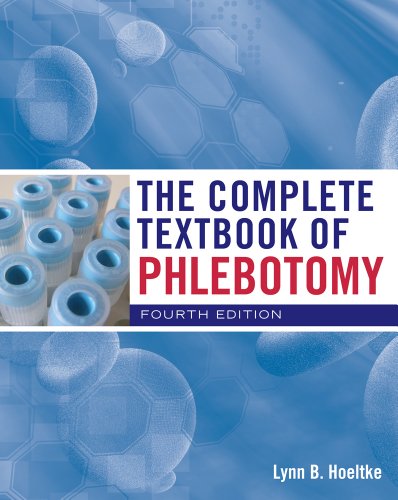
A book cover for The Complete Textbook of Phlebotomy; Lynn B. Hoeltke; Medical Books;